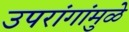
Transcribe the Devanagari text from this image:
उपरांगांमुळे